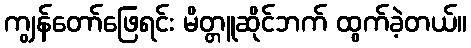
ကျွန်တော်ဖြေရင်း မိတ္တူဆိုင်ဘက် ထွက်ခဲ့တယ်။